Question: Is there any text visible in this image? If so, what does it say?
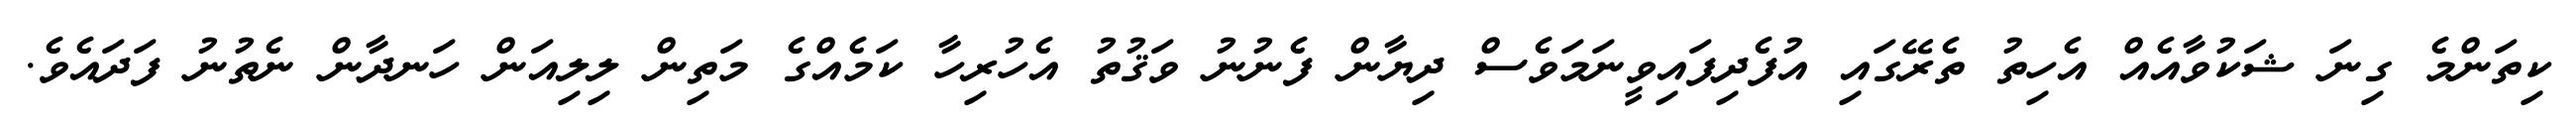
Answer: ކިތަންމެ ގިނަ ޝަކުވާއެއް އެހިތު ތެރޭގައި އުފެދިފައިވީނަމަވެސް ދިޔާން ފެނުނު ވަޤުތު އެހުރިހާ ކަމެއްގެ މަތިން ލިލިއަން ހަނދާން ނެތުނު ފަދައެވެ.